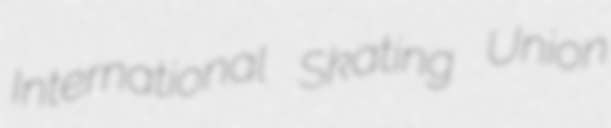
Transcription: International Skating Union